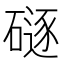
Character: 𪿯